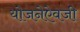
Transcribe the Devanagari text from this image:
योजनेऐवजी